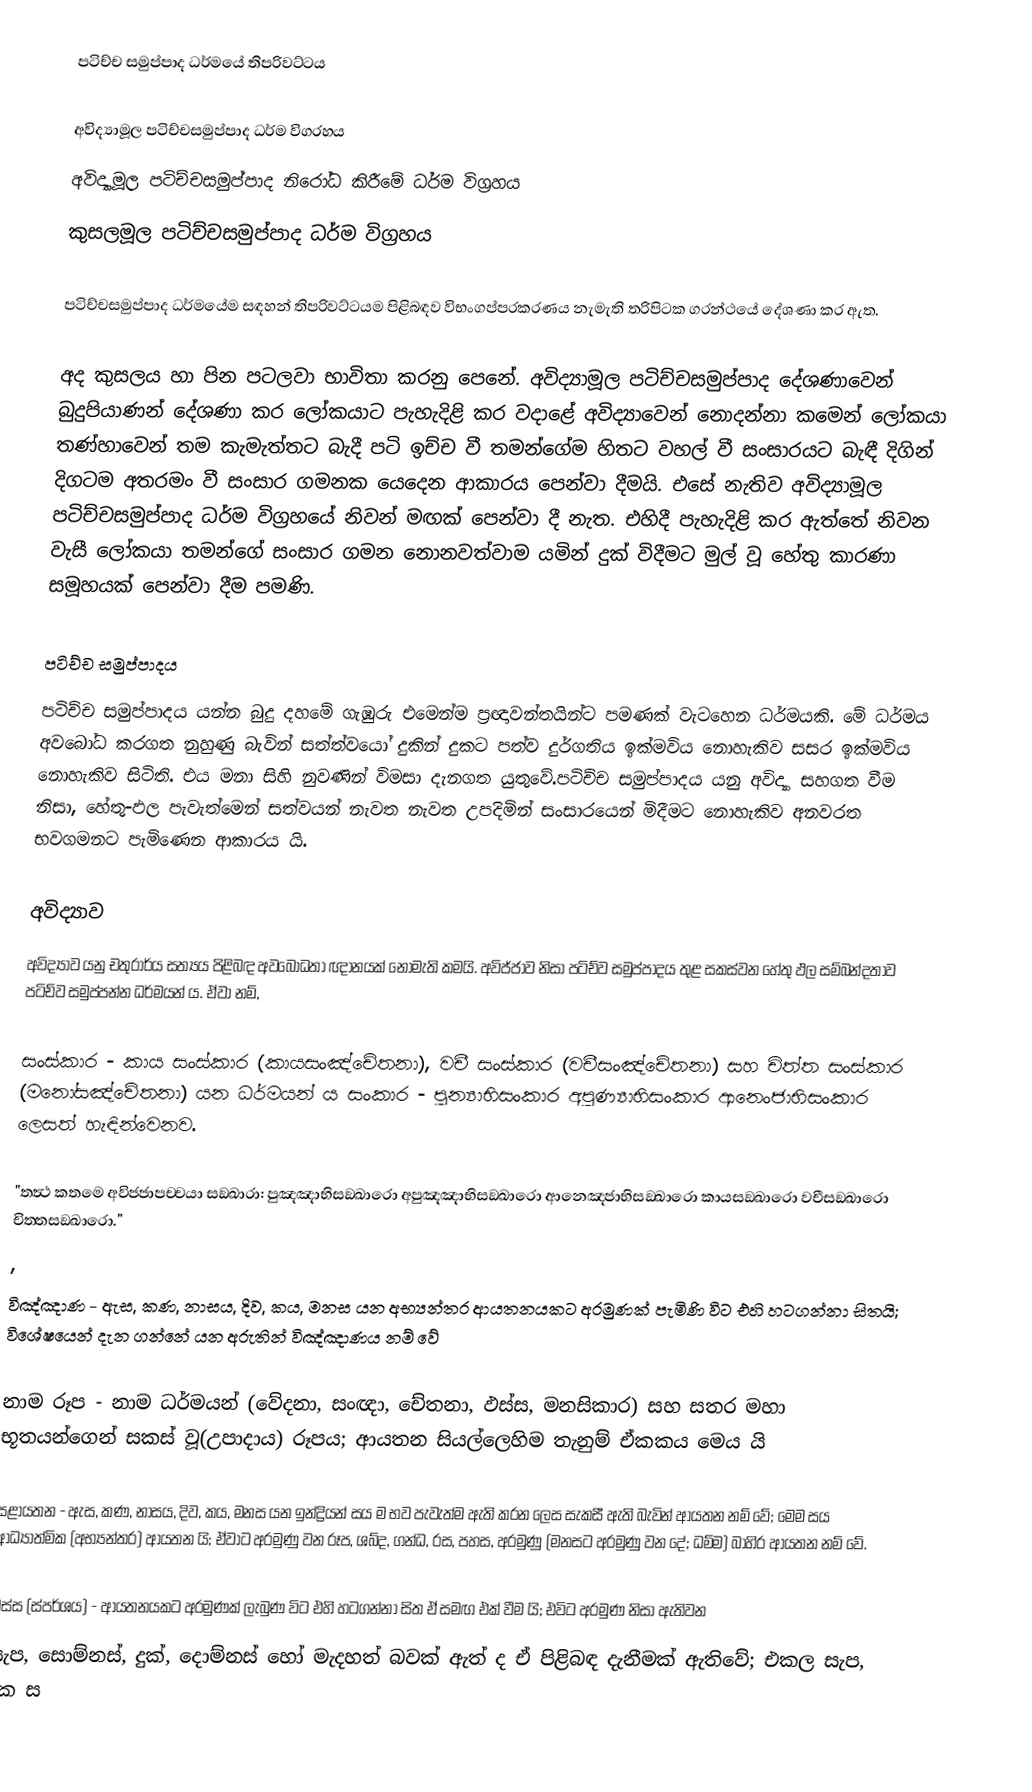
පටිච්ච සමුප්පාද ධර්මයේ තිපරිවට්ටය

 අවිද්‍යාමූල පටිච්චසමුප්පාද ධර්ම විග‍්‍රහය
 අවිද්‍යාමූල පටිච්චසමුප්පාද නිරෝධ කිරීමේ ධර්ම විග‍්‍රහය
 කුසලමූල පටිච්චසමුප්පාද ධර්ම විග‍්‍රහය

පටිච්චසමුප්පාද ධර්මයේම සඳහන් තිපරිවට්ටයම පිළිබඳව විභංගප්ප‍්‍රකරණය නැමැති ත‍්‍රිපිටක ග‍්‍රන්ථයේ දේශණා කර ඇත.

අද කුසලය හා පින පටලවා භාවිතා කරනු පෙනේ. අවිද්‍යාමූල පටිච්චසමුප්පාද දේශණාවෙන් බුදුපියාණන් දේශණා කර ලෝකයාට පැහැදිළි කර වදාළේ අවිද්‍යාවෙන් නොදන්නා කමෙන් ලෝකයා තණ්හාවෙන් තම කැමැත්තට බැදී පටි ඉච්ච වී තමන්ගේම හිතට වහල් වී සංසාරයට බැඳී දිගින් දිගටම අතරමං වී සංසාර ගමනක යෙදෙන ආකාරය පෙන්වා දීමයි. එසේ නැතිව අවිද්‍යාමූල පටිච්චසමුප්පාද ධර්ම විග‍්‍රහයේ නිවන් මඟක් පෙන්වා දී නැත. එහිදී පැහැදිළි කර ඇත්තේ නිවන වැසී ලෝකයා තමන්ගේ සංසාර ගමන නොනවත්වාම යමින් දුක් විදීමට මුල් වූ හේතු කාරණා සමූහයක් පෙන්වා දීම පමණි.

පටිච්ච සමුප්පාදය
පටිච්ච සමුප්පාදය යන්න බුදු දහමේ ගැඹුරු එමෙන්ම ප්‍රඥාවන්තයින්ට පමණක්  වැටහෙන ධර්මයකි. මේ ධර්මය අවබෝධ කරගත නුහුණු බැවින් සත්ත්වයෝ දුකින් දුකට පත්ව දුර්ගතිය ඉක්මවිය නොහැකිව සසර ඉක්මවිය නොහැකිව සිටිති. එය මනා සිහි නුවණින් විමසා දැනගත යුතුවේ.පටිච්ච සමුප්පාදය යනු අවිද්‍යා සහගත වීම නිසා, හේතු-ඵල පැවැත්මෙන් සත්වයන් නැවත නැවත උපදිමින් සංසාරයෙන් මිදීමට නොහැකිව අනවරත භවගමනට  පැමිණෙන ආකාරය යි.

අවිද්‍යාව
අවිද්‍යාව යනු චතුරාර්ය සත්‍යය පිළිබඳ අවබොධතා ඥානයක් නොමැති කමයි. අවිජ්ජාව නිසා පටිච්ව සමුප්පාදය තුළ සකස්වන හේතු ඵල සම්බන්දතාව  පටිච්ව සමුප්පන්න ධර්මයන් ය. ඒවා නම්,

 සංස්කාර - කාය සංස්කාර (කායසංඤ්චේතනා), වචී සංස්කාර (වචීසංඤ්චේතනා) සහ චිත්ත සංස්කාර (මනෝසඤ්චේතනා) යන ධර්මයන් ය  සංකාර - පුන්‍යාභිසංකාර අපුණ්‍යාභිසංකාර ආනෙංජාභිසංකාර ලෙසත් හැඳින්වෙනව.

"තත්‍ථ කතමෙ අවිජ‍්ජාපච‍්චයා සඞ‍්ඛාරා: පුඤ‍්ඤාභිසඞ‍්ඛාරො අපුඤ‍්ඤාභිසඞ‍්ඛාරො ආනෙඤ‍්ජාභිසඞ‍්ඛාරො කායසඞ‍්ඛාරො වචීසඞ‍්ඛාරො චිත‍්තසඞ‍්ඛාරො."
,
 විඤ්ඤාණ - ඇස, කණ, නාසය, දිව, කය, මනස යන අභ්‍යන්තර ආයතනයකට අරමුණක් පැමිණි විට එහි හටගන්නා සිතයි; විශේෂයෙන් දැන ගන්නේ යන අරුතින් විඤ්ඤාණය නම් වේ

 නාම රූප - නාම ධර්මයන් (වේදනා, සංඥා, චේතනා, ඵස්ස, මනසිකාර) සහ සතර මහා භූතයන්ගෙන් සකස් වූ(උපාදාය) රූපය; ආයතන සියල්ලෙහිම තැනුම් ඒකකය මෙය යි

 සළායතන - ඇස, කණ, නාසය, දිව, කය, මනස යන ඉන්ද්‍රියන් සය ම භව පැවැත්ම ඇති කරන ලෙස සැකසී ඇති බැවින් ආයතන නම් වේ; මෙම සය ආධ්‍යාත්මික (අභ්‍යන්තර) ආයතන යි; ඒවාට අරමුණු වන රූප, ශබ්ද, ගන්ධ, රස, පහස, අරමුණු (මනසට අරමුණු වන දේ; ධම්ම) බාහිර ආයතන  නම් වේ.

 ඵස්ස (ස්පර්ශය) - ආයතනයකට අරමුණක් ලැබුණ විට එහි හටගන්නා සිත ඒ සමඟ එක් වීම යි; එවිට අරමුණ නිසා ඇතිවන
 සැප, සොම්නස්, දුක්, දොම්නස් හෝ මැදහත් බවක් ඇත් ද ඒ පිළිබඳ දැනීමක් ඇතිවේ; එකල සැප, දුක ස